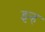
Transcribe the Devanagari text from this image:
इन्ह